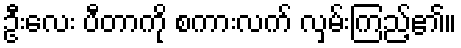
ဦးလေး ပီတာကို စကားလက် လှမ်းကြည့်၏။